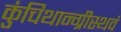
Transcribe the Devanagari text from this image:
कुंचिथान्ग्रीस्थवं